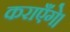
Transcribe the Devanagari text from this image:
कराएँगे।